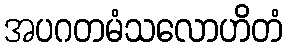
အပဂတမံသလောဟိတံ